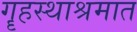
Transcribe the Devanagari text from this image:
गॄहस्थाश्रमात